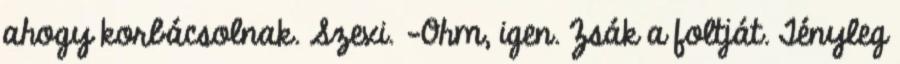
ahogy korbácsolnak. Szexi. -Ohm, igen. Zsák a foltját. Tényleg